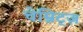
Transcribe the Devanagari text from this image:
चेम्निट्ज़